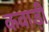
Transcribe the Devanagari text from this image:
कवाड़ी